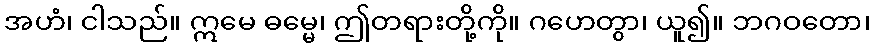
အဟံ၊ ငါသည်။ ဣမေ ဓမ္မေ၊ ဤတရားတို့ကို။ ဂဟေတွာ၊ ယူ၍။ ဘဂဝတော၊